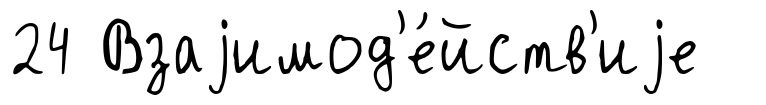
24 Взаjимод'е́йств'иjе